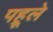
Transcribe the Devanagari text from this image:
पह्रूले